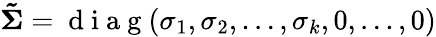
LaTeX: \mathbf{\tilde{\Sigma}}=\mathrm{~d~i~a~g~}(\sigma_{1},\sigma_{2},\ldots,\sigma_{k},0,\ldots,0)